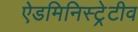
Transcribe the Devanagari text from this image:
ऐडमिनिस्ट्रेटीव